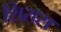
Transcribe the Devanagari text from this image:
शिरास